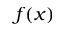
f ( x )